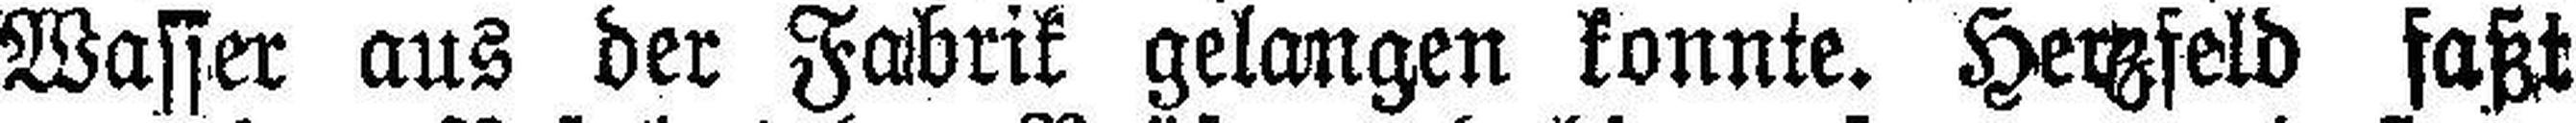
Wasser aus der Fabrik gelangen konnte. Herzfeld faßt